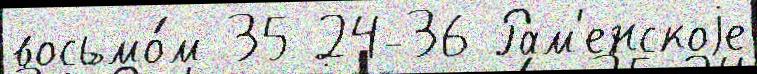
восьмо́м 35 24-36 Рам'енскоjе